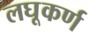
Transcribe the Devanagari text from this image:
लघूकर्ण